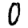
Digit: 0